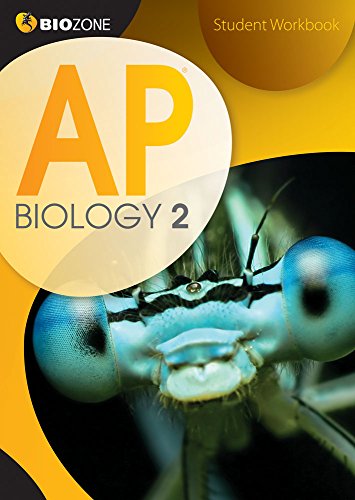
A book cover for AP Biology 2 Student Workbook; Tracey Greenwood; Children's Books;